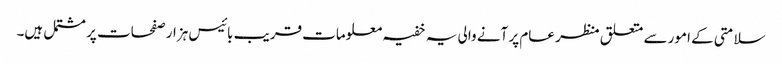
سلامتی کے امور سے متعلق منظر عام پر آنے والی یہ خفیہ معلومات قریب بائیس ہزار صفحات پر مشتمل ہیں۔